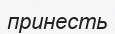
принесть